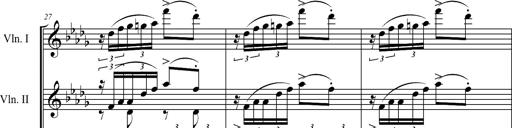
Title: 6 Melodien von Franz Schubert
Composer: Franz Liszt